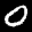
Label: 0